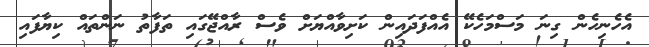
އެހެނިހެން ގިނަ މަސްމަހެކޭ އެއްފަދައިން ކަށިވާއްޔަށް ވެސް ރާއްޖޭގައި ތަފާތު ނަންތައް ކިޔާފައި